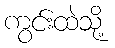
ကွင်းထဲသို့